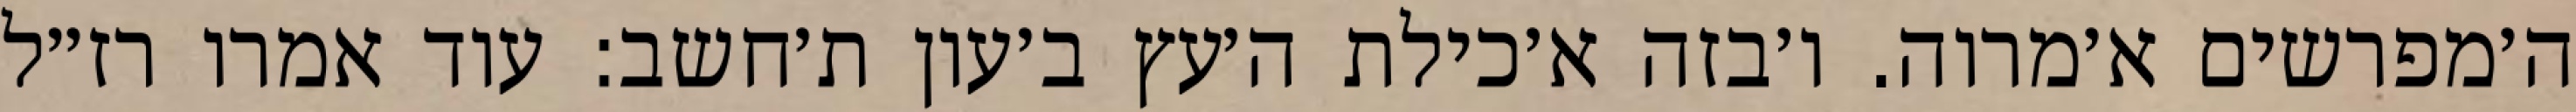
ה׳מפרשים א׳מרוה. ו׳בזה א׳כילת ה׳עץ ב׳עון ת׳חשב: עוד אמרו רז״ל